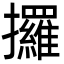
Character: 攞